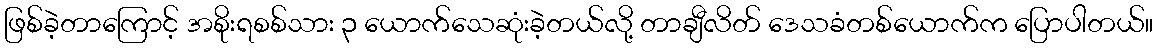
ဖြစ်ခဲ့တာကြောင့် အစိုးရစစ်သား ၃ ယောက်သေဆုံးခဲ့တယ်လို့ တာချီလိတ် ဒေသခံတစ်ယောက်က ပြောပါတယ်။